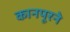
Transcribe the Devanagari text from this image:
कानपूरने